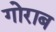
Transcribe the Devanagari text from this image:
गोराब